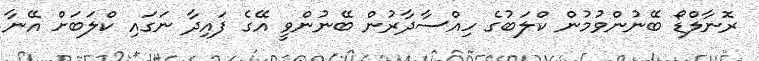
ރޮނާލްޑޯ ބޭނުންވުމުން ކްލަބުގެ ހިއްސާދާރުން ބޭނުންވީ އޭގެ ފައިދާ ނަގައި ކްލަބަށް އޭނާ